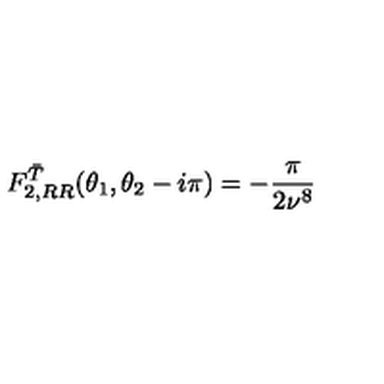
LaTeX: F _ { 2 , R R } ^ { \bar { T } } ( \theta _ { 1 } , \theta _ { 2 } - i \pi ) = - \frac { \pi } { 2 \nu ^ { 8 } }